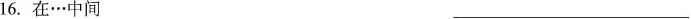
16.在…中间___